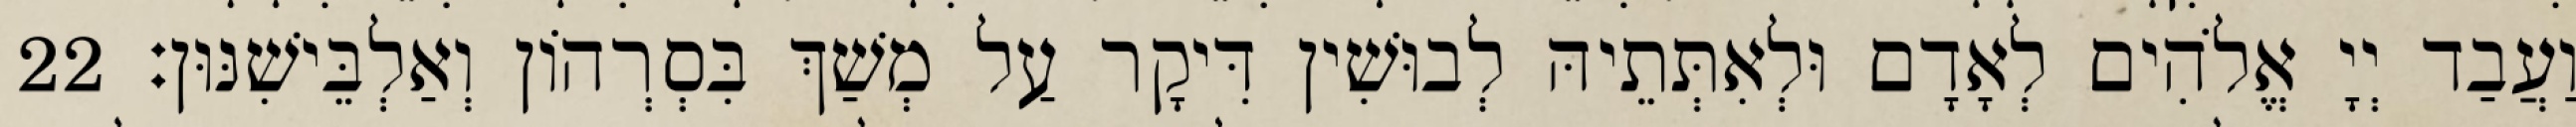
וַעֲבַד יְיָ אֱלֹהִים לְאָדָם וּלְאִתְּתֵיהּ לְבוּשִׁין דִּיקָר עַל מְשַׁךְ בִּסְרְהוֹן וְאַלְבֵּישִׁנּוּן׃ 22